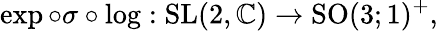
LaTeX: \exp\circ\sigma\circ\log:{\mathrm{SL}}(2,\mathbb{C})\to{\mathrm{SO}}(3;1)^{+},